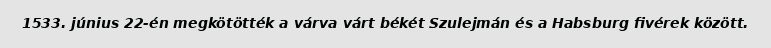
1533. június 22-én megkötötték a várva várt békét Szulejmán és a Habsburg fivérek között.